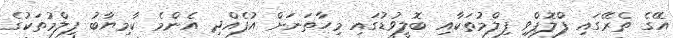
އޭގެ ތެރޭގައި ފްލޮޕްވި ފިލްމުތަކާއި ބޮލީވުޑުގައި މިހާތަނަށް އުފެއްދި އެންމެ ކާމިޔާބު ފިލްމުތަކުގެ